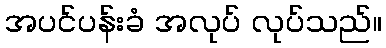
အပင်ပန်းခံ အလုပ် လုပ်သည်။